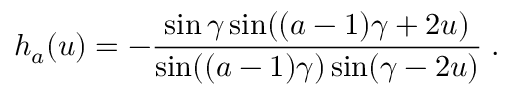
h _ { a } ( u ) = - \frac { \sin \gamma \sin ( ( a - 1 ) \gamma + 2 u ) } { \sin ( ( a - 1 ) \gamma ) \sin ( \gamma - 2 u ) } \; .